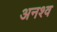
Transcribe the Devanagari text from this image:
अनश्व